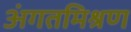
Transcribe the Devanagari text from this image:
अंगतमिश्रण